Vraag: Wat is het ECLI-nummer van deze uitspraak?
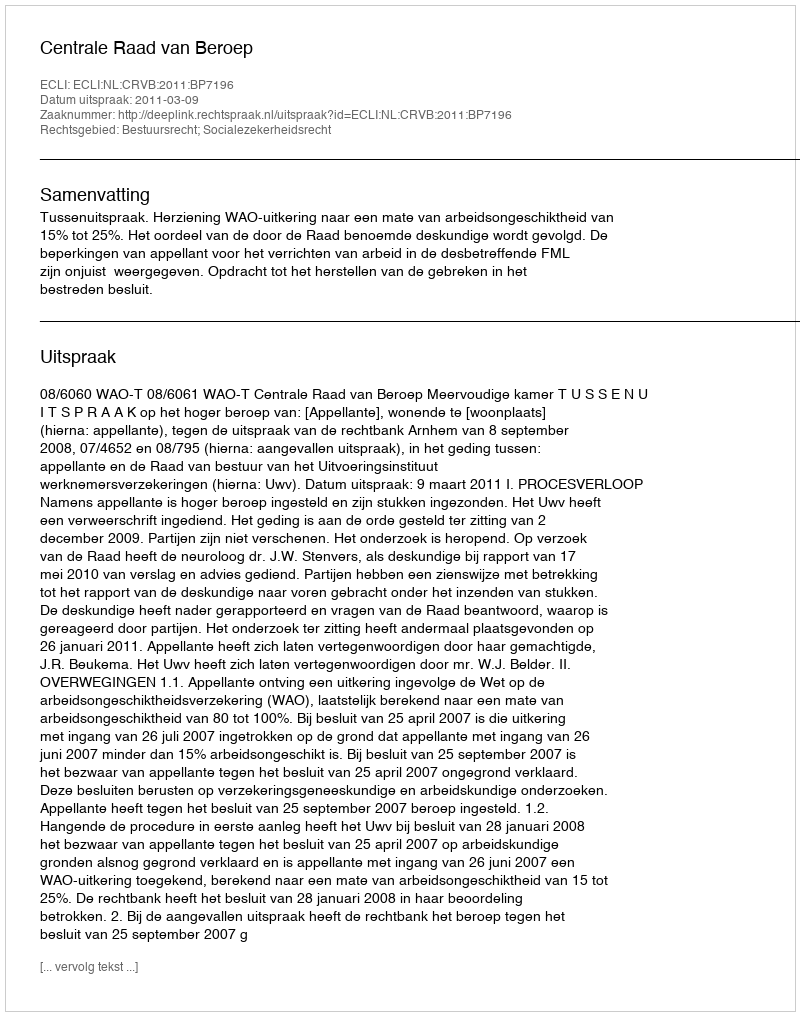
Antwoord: ECLI:NL:CRVB:2011:BP7196